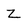
Character: Z